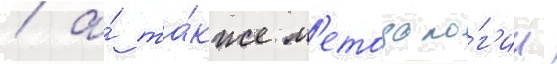
/ а́ та́кже м'етодоло́г'ии